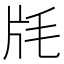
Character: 㲏